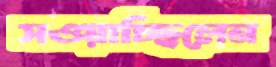
সওয়াচ্ছিলেন